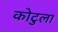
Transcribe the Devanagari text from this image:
कोटुला